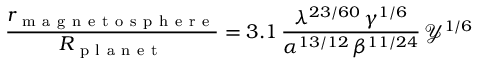
\frac { r _ { \mathrm { ~ m ~ a ~ g ~ n ~ e ~ t ~ o ~ s ~ p ~ h ~ e ~ r ~ e ~ } } } { R _ { \mathrm { ~ p ~ l ~ a ~ n ~ e ~ t ~ } } } = 3 . 1 \, \frac { \lambda ^ { 2 3 / 6 0 } \, \gamma ^ { 1 / 6 } } { \alpha ^ { 1 3 / 1 2 } \, \beta ^ { 1 1 / 2 4 } } \, \mathcal { Y } ^ { 1 / 6 }